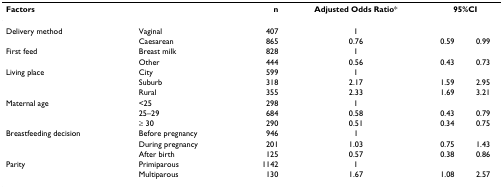
<table><thead><tr><td><b>Factors</b></td><td></td><td><b>n</b></td><td><b>Adjusted Odds Ratio*</b></td><td colspan="2"><b>95%CI</b></td></tr></thead><tbody><tr><td>Delivery method</td><td>Vaginal</td><td>407</td><td>1</td><td></td><td></td></tr><tr><td></td><td>Caesarean</td><td>865</td><td>0.76</td><td>0.59</td><td>0.99</td></tr><tr><td>First feed</td><td>Breast milk</td><td>828</td><td>1</td><td></td><td></td></tr><tr><td></td><td>Other</td><td>444</td><td>0.56</td><td>0.43</td><td>0.73</td></tr><tr><td>Living place</td><td>City</td><td>599</td><td>1</td><td></td><td></td></tr><tr><td></td><td>Suburb</td><td>318</td><td>2.17</td><td>1.59</td><td>2.95</td></tr><tr><td></td><td>Rural</td><td>355</td><td>2.33</td><td>1.69</td><td>3.21</td></tr><tr><td>Maternal age</td><td>&lt;25</td><td>298</td><td>1</td><td></td><td></td></tr><tr><td></td><td>25–29</td><td>684</td><td>0.58</td><td>0.43</td><td>0.79</td></tr><tr><td></td><td>≥ 30</td><td>290</td><td>0.51</td><td>0.34</td><td>0.75</td></tr><tr><td>Breastfeeding decision</td><td>Before pregnancy</td><td>946</td><td>1</td><td></td><td></td></tr><tr><td></td><td>During pregnancy</td><td>201</td><td>1.03</td><td>0.75</td><td>1.43</td></tr><tr><td></td><td>After birth</td><td>125</td><td>0.57</td><td>0.38</td><td>0.86</td></tr><tr><td>Parity</td><td>Primiparous</td><td>1142</td><td>1</td><td></td><td></td></tr><tr><td></td><td>Multiparous</td><td>130</td><td>1.67</td><td>1.08</td><td>2.57</td></tr></tbody></table>